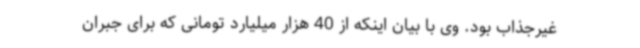
غیرجذاب بود. وی با بیان اینکه از 40 هزار میلیارد تومانی که برای جبران